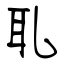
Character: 耴